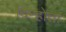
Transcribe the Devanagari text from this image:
दिन्होता